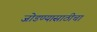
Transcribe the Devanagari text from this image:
जोडण्यासाठीचा